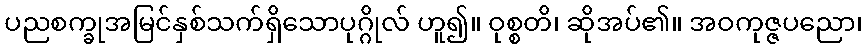
ပညစက္ခုအမြင်နှစ်သက်ရှိသောပုဂ္ဂိုလ် ဟူ၍။ ဝုစ္စတိ၊ ဆိုအပ်၏။ အဝကုဇ္ဇပညော၊